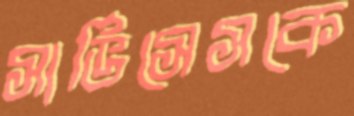
সার্ভিসেসকে